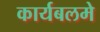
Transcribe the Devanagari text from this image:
कार्यबलमे